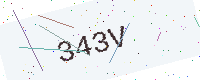
Text: 343V